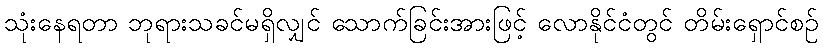
သုံးနေရတာ ဘုရားသခင်မရှိလျှင် သောက်ခြင်းအားဖြင့် လောနိုင်ငံတွင် တိမ်းရှောင်စဉ်